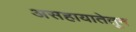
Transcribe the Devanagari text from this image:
असहायातेतून